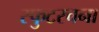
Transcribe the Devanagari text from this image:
स्फुटरचना